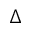
\Delta